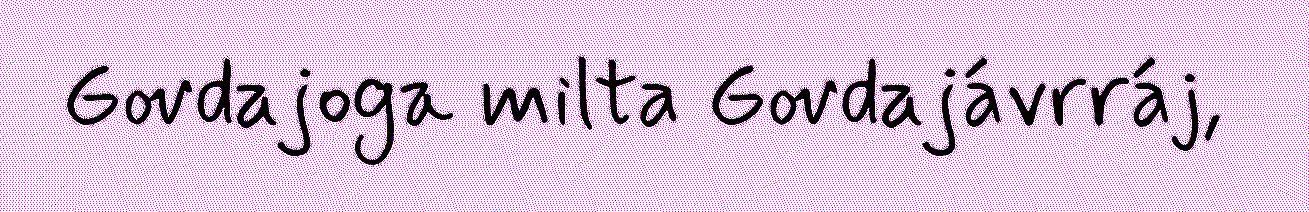
Govdajoga milta Govdajávrráj,